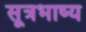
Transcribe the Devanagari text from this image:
सूत्रभाष्य